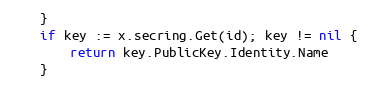
Language: Go
	}
	if key := x.secring.Get(id); key != nil {
		return key.PublicKey.Identity.Name
	}